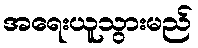
အရေးယူသွားမည်